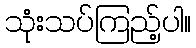
သုံးသပ်ကြည့်ပါ။